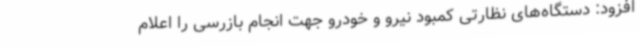
افزود: دستگاه‌های نظارتی کمبود نیرو و خودرو جهت انجام بازرسی را اعلام